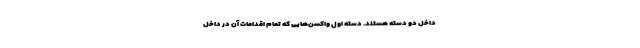
داخل دو دسته هستند. دسته اول واکسن‌هایی که تمام اقدامات آن در داخل